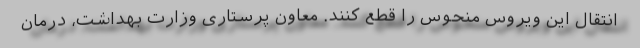
انتقال این ویروس منحوس را قطع کنند. معاون پرستاری وزارت بهداشت، درمان